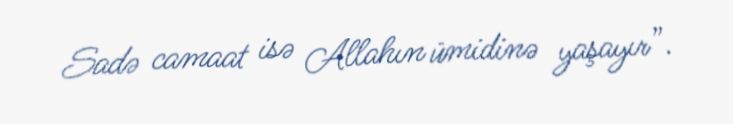
Sadə camaat isə Allahın ümidinə yaşayır”.